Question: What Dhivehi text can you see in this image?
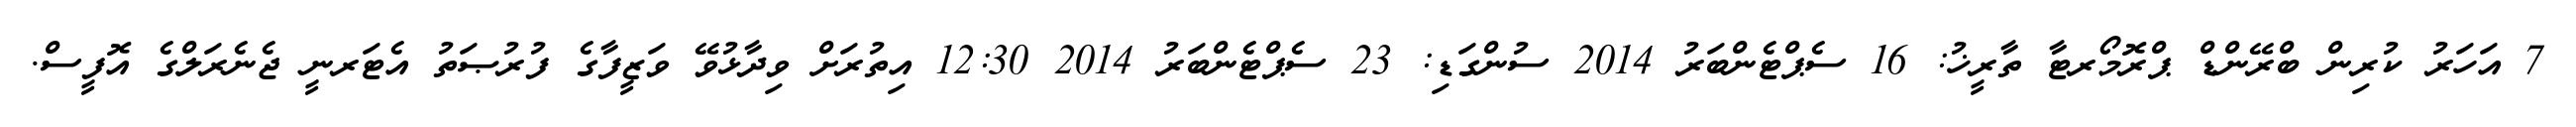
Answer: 7 އަހަރު ކުރިން ބްރޭންޑް ޕްރޮމޯރޓާ ތާރީޚު: 16 ސެޕްޓެންބަރު 2014 ސުންގަޑި: 23 ސެޕްޓެންބަރު 2014 12:30 އިތުރަށް ވިދާޅުވޭ ވަޒީފާގެ ފުރުޞަތު އެޓަރނީ ޖެނެރަލްގެ އޮފީސް.